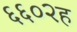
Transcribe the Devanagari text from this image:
६६०२ह